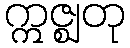
ဣဇ္ဈတု